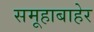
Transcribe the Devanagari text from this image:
समूहाबाहेर